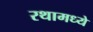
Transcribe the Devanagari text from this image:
रथामध्ये